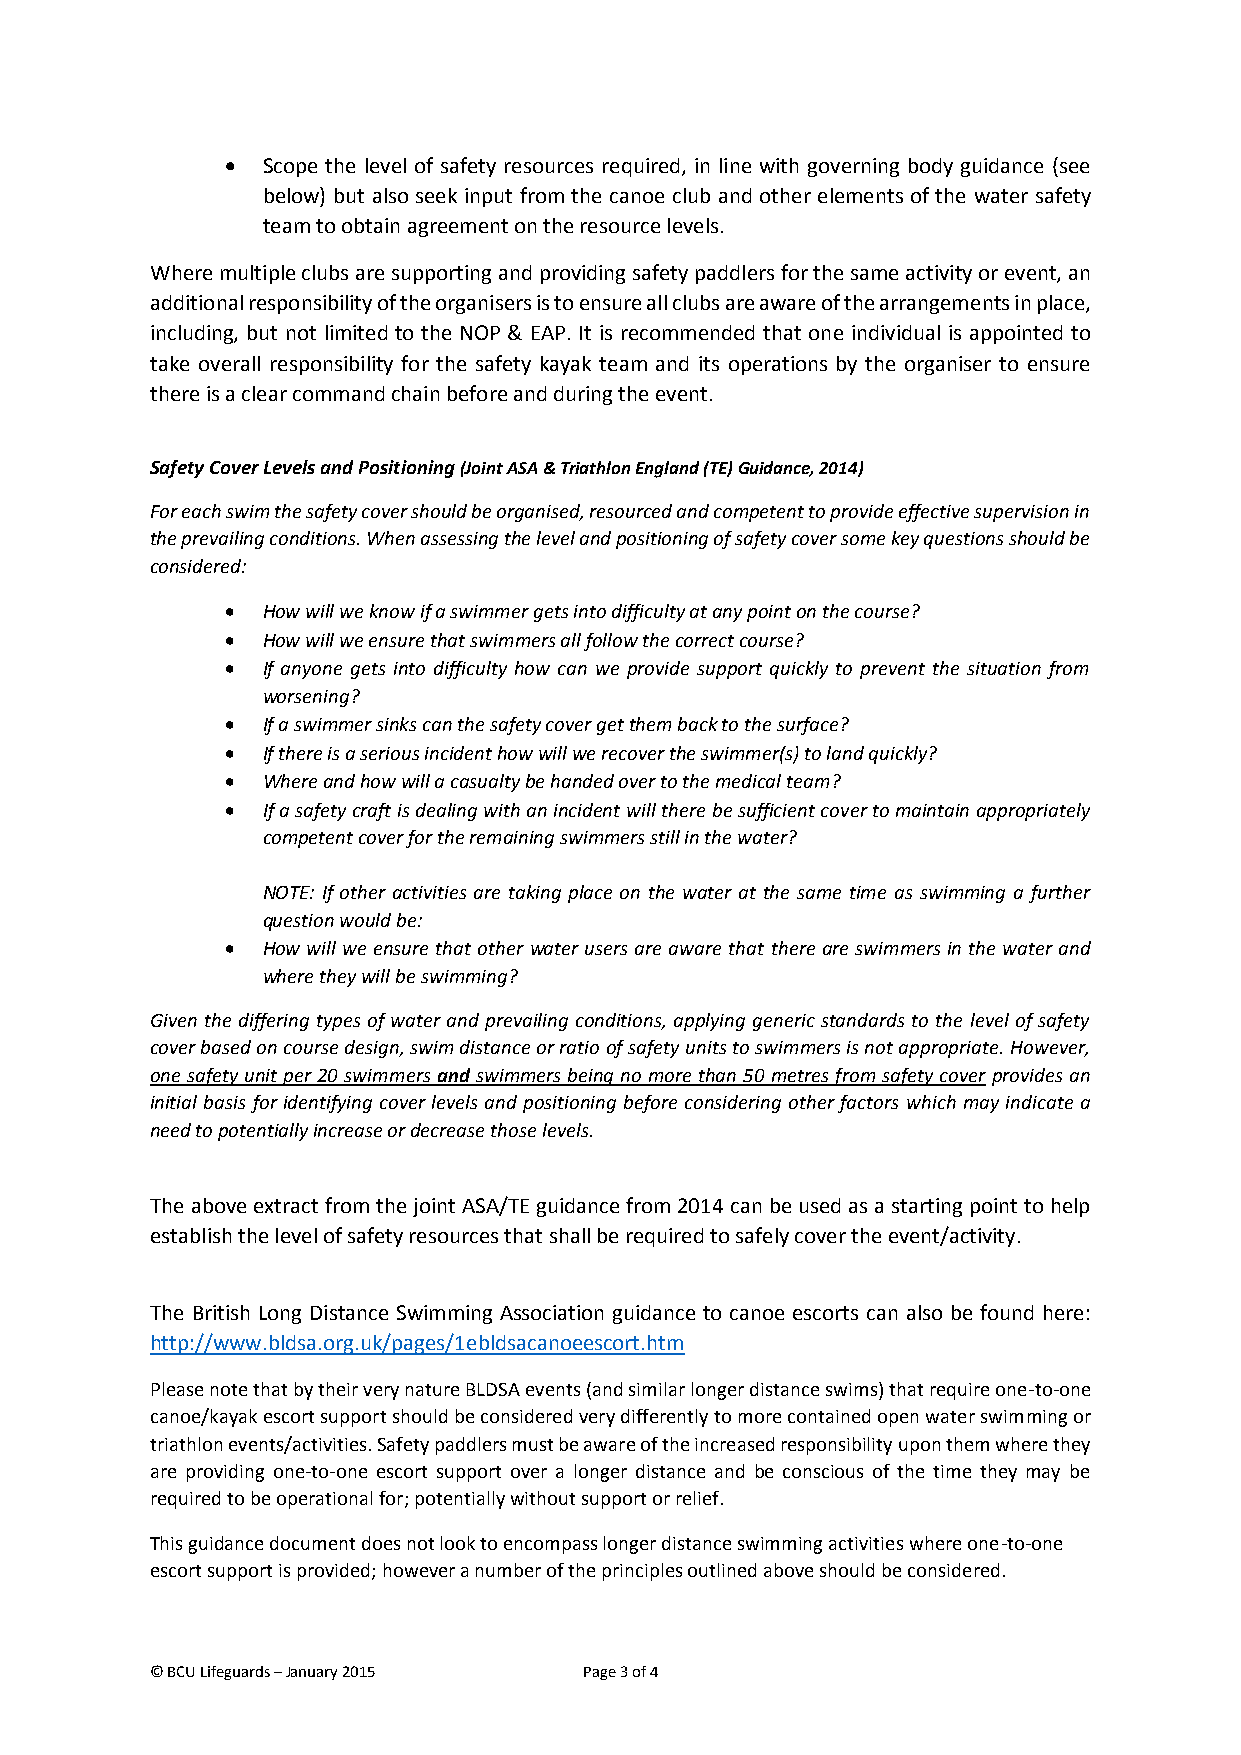
 Scope the level of safety resources required, in line with governing body guidance (see
 below) but also seek input from the canoe club and other elements of the water safety
 team to obtain agreement on the resource levels.
 Where multiple clubs are supporting and providing safety paddlers for the same activity or event, an
 additional responsibility of the organisers is to ensure all clubs are aware of the arrangements in place,
 including, but not limited to the NOP & EAP. It is recommended that one individual is appointed to
 take overall responsibility for the safety kayak team and its operations by the organiser to ensure
 there is a clear command chain before and during the event.
 Safety Cover Levels and Positioning (Joint ASA & Triathlon England (TE) Guidance, 2014)
 For each swim the safety cover should be organised, resourced and competent to provide effective supervision in
 the prevailing conditions. When assessing the level and positioning of safety cover some key questions should be
 considered:
  How will we know if a swimmer gets into difficulty at any point on the course?
  How will we ensure that swimmers all follow the correct course?
  If anyone gets into difficulty how can we provide support quickly to prevent the situation from
 worsening?
  If a swimmer sinks can the safety cover get them back to the surface?
  If there is a serious incident how will we recover the swimmer(s) to land quickly?
  Where and how will a casualty be handed over to the medical team?
  If a safety craft is dealing with an incident will there be sufficient cover to maintain appropriately
 competent cover for the remaining swimmers still in the water?
 NOTE: If other activities are taking place on the water at the same time as swimming a further
 question would be:
  How will we ensure that other water users are aware that there are swimmers in the water and
 where they will be swimming?
 Given the differing types of water and prevailing conditions, applying generic standards to the level of safety
 cover based on course design, swim distance or ratio of safety units to swimmers is not appropriate. However,
 one safety unit per 20 swimmers and swimmers being no more than 50 metres from safety cover provides an
 initial basis for identifying cover levels and positioning before considering other factors which may indicate a
 need to potentially increase or decrease those levels.
 The above extract from the joint ASA/TE guidance from 2014 can be used as a starting point to help
 establish the level of safety resources that shall be required to safely cover the event/activity.
 The British Long Distance Swimming Association guidance to canoe escorts can also be found here:
 http://www.bldsa.org.uk/pages/1ebldsacanoeescort.htm
 Please note that by their very nature BLDSA events (and similar longer distance swims) that require one-to-one
 canoe/kayak escort support should be considered very differently to more contained open water swimming or
 triathlon events/activities. Safety paddlers must be aware of the increased responsibility upon them where they
 are providing one-to-one escort support over a longer distance and be conscious of the time they may be
 required to be operational for; potentially without support or relief.
 This guidance document does not look to encompass longer distance swimming activities where one-to-one
 escort support is provided; however a number of the principles outlined above should be considered.
 © BCU Lifeguards – January 2015 Page 3 of 4